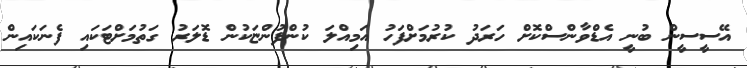
އޭސީސީން ބުނީ އެޑްވާންސްކޮށް ހަރަދު ކުރުމަށްފަހު އަމިއްލަ ކުންފުންޏަކުން ޑޮލަރު ގަތުމަށްޓަކައި ފެނަކައިން